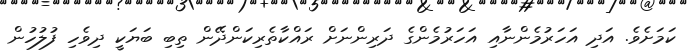
ކަމަށެވެ. އަދި އަހަރުމެންނާއި އަހަރުމެންގެ ދަރިންނަށް ރައްކާތެރިކަންދޭން ތިބި ބަޔަކީ ދިވެހި ފުލުހުން